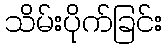
သိမ်းပိုက်ခြင်း